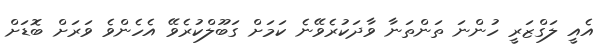
އެއީ ލަގްޒަރީ ހުންނަ ތަންތަނާ ވާދަކުރެވޭނެ ކަމަށް ގަބޫލްކުރެވޭ އެހެންވެ ވަރަށް ބޮޑަށް